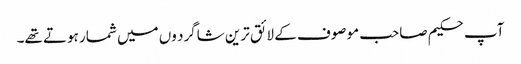
آپ حکیم صاحب موصوف کے لائق ترین شاگرد وں میں شمار ہوتے تھے۔